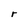
Character: r